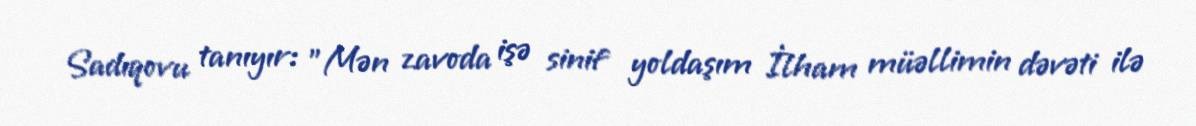
Sadıqovu tanıyır: "Mən zavoda işə sinif yoldaşım İlham müəllimin dəvəti ilə